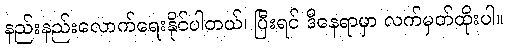
နည်းနည်းလောက်ရေးနိုင်ပါတယ်၊ ပြီးရင် ဒီနေရာမှာ လက်မှတ်ထိုးပါ။